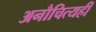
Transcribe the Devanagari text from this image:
अनौचित्यही